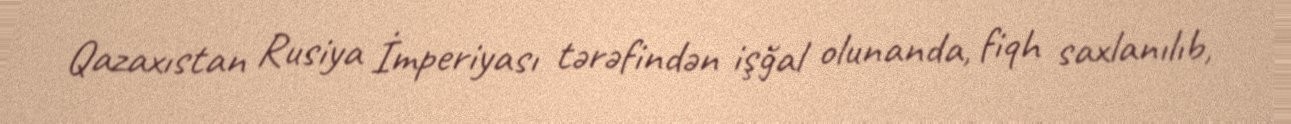
Qazaxıstan Rusiya İmperiyası tərəfindən işğal olunanda, fiqh saxlanılıb,